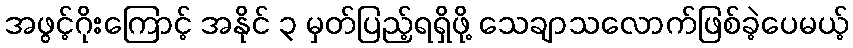
အဖွင့်ဂိုးကြောင့် အနိုင် ၃ မှတ်ပြည့်ရရှိဖို့ သေချာသလောက်ဖြစ်ခဲ့ပေမယ့်